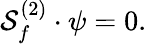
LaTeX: {\cal S}_{f}^{(2)}\cdot\psi=0.